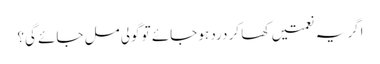
اگر یہ نعمتیں کھا کر درد ہو جائے تو گولی مل جائے گی؟